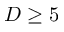
D \geq 5